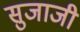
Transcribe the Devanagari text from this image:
सुजाजी